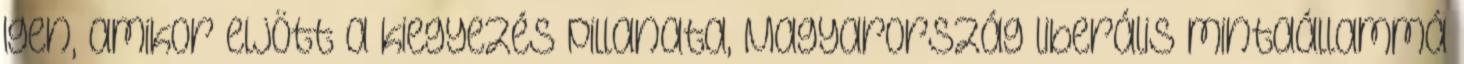
Igen, amikor eljött a kiegyezés pillanata, Magyarország liberális mintaállammá